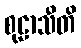
စုဠာသီတိ